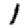
Digit: 1